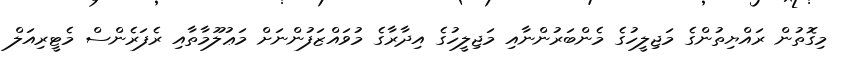
މިގޮތުން ރައްޔިތުންގެ މަޖިލީހުގެ މެންބަރުންނާއި މަޖިލީހުގެ އިދާރާގެ މުވައްޒަފުންނަށް މަޢުލޫމާތާއި ރެފަރެންސް މެޓީރިއަލް